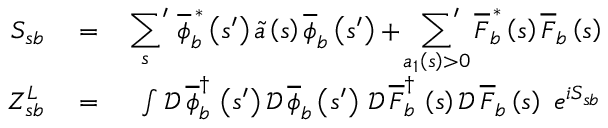
\begin{array} { r l r } { S _ { s b } } & { { } = } & { \displaystyle \sideset { } { ' } \sum _ { s } \, \overline { { \phi } } _ { b } ^ { \, \ast } \left( s ^ { \prime } \right) \widetilde { a } \left( s \right) \overline { { \phi } } _ { b } \left( s ^ { \prime } \right) + \displaystyle \sideset { } { ' } \sum _ { a _ { 1 } \left( s \right) > 0 } \overline { { F } } _ { b } ^ { \, \ast } \left( s \right) \overline { { F } } _ { b } \left( s \right) } \\ { Z _ { s b } ^ { L } } & { { } = } & { \int \mathcal { D } \, \overline { { \phi } } _ { b } ^ { \dag } \, \left( s ^ { \prime } \right) \mathcal { D } \, \overline { { \phi } } _ { b } \left( s ^ { \prime } \right) \, \mathcal { D } \, \overline { { F } } _ { b } ^ { \dag } \, \left( s \right) \mathcal { D } \, \overline { { F } } _ { b } \left( s \right) \, \, e ^ { i S _ { s b } } } \end{array}